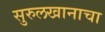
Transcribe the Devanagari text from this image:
सुरुलखानाचा